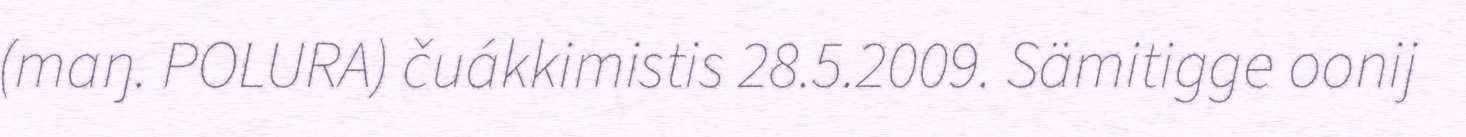
(maŋ. POLURA) čuákkimistis 28.5.2009. Sämitigge oonij